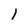
Character: l